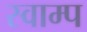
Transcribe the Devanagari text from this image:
स्वाम्प